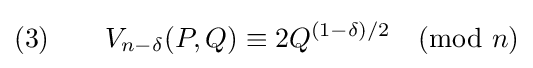
(3)\qquad V_{n-\delta }(P,Q)\equiv 2Q^{(1-\delta )/2}{\pmod {n}}